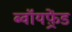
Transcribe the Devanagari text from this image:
ब्वॉयफ़्रेंड